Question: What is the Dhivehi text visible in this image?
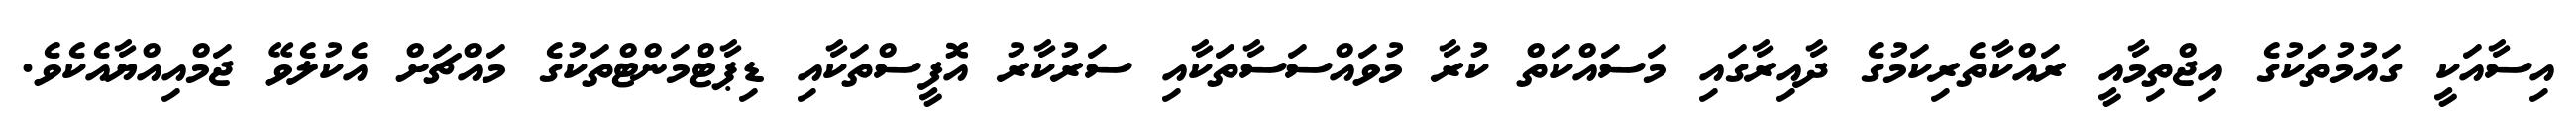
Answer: އިސާއަކީ ގައުމުތަކުގެ އިޖްތިމާއީ ރައްކާތެރިކަމުގެ ދާއިރާގައި މަސައްކަތް ކުރާ މުވައްސަސާތަކާއި ސަރުކާރު އޮފީސްތަކާއި ޑިޕާޓްމަންޓްތަކުގެ މައްޗަށް އެކުލެވޭ ޖަމްއިއްޔާއެކެވެ.